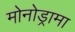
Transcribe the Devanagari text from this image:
मोनोड्रामा